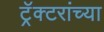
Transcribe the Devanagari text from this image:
ट्रॅक्टरांच्या